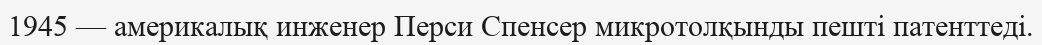
1945 — америкалық инженер Перси Спенсер микротолқынды пешті патенттеді.